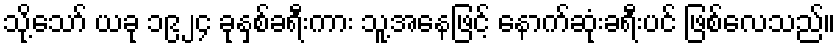
သို့သော် ယခု ၁၉၂၄ ခုနှစ်ခရီးကား သူ့အနေဖြင့် နောက်ဆုံးခရီးပင် ဖြစ်လေသည်။